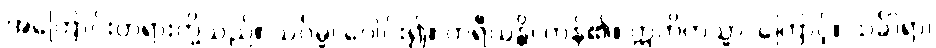
အကြောင်းတရားတို့သည်။ သင်္ဂမ္မ၊ ပေါင်း၍။ ကရီယန္တိ၊ ကုန်၏။ ဣတိတသ္မာ၊ ကြောင့်။ သင်္ခါရာ၊